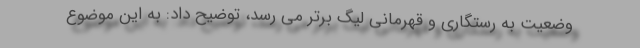
وضعیت به رستگاری و قهرمانی لیگ برتر می رسد، توضیح داد: به این موضوع